Indian journal of veterinary science and animal husbandry - Volumes 26-27, 1956-1957
Year: 1956
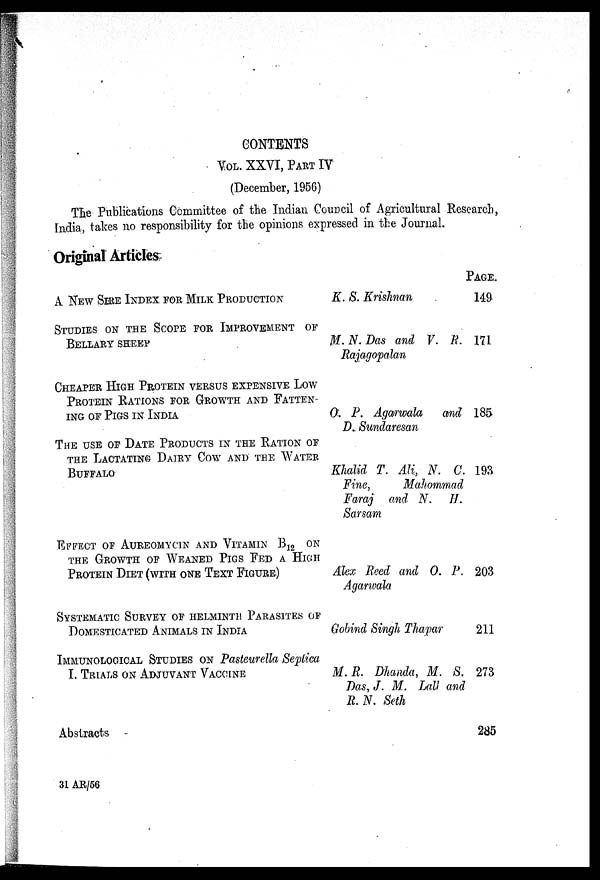
CONTENTS
VOL. XXVI, PART IV
(December, 1956)
The Publications Committee of the Indian Council of Agricultural Research,
India, takes no responsibility for the opinions expressed in the Journal.
Original Articles
A NEW SIRE INDEX FOR MILK PRODUCTION
STUDIES ON THE SCOPE FOR IMPROVEMENT OF
BELLARY SHEEP
CHEAPER HIGH PROTEIN VERSUS EXPENSIVE LOW
PROTEIN RATIONS FOR GROWTH AND FATTEN-
ING OF PIGS IN INDIA
THE USE OF DATE PRODUCTS IN THE RATION OF
THE LACTATING DAIRY COW AND THE WATER
BUFFALO
EFFECT OF AUREOMYCIN AND VITAMIN B 12 ON
THE GROWTH OF WEANED PIGS FED A HIGH
PROTEIN DIET (WITH ONE TEXT FIGURE)
SYSTEMATIC SURVEY OF HELMINTH PARASITES OF
DOMESTICATED ANIMALS IN INDIA
IMMUNOLOGICAL STUDIES ON PASTEURELLA SEPTICA
I. TRIALS ON ADJUVANT VACCINE
ABSTRACTS
K. S. Krishnan
M. N. Das and V. R.
Rajagopalan
O. P. Agarwala and
D. Sundaresan
Khalid T. Ali, N. C.
Fine, Mahommad
Faraj and N. H.
Sarsam
Alex Reed and 0. P.
Agarwala
Gobind Singh Thapar
M. R. Dhanda, M. S.
Das, J. M. Lall and
R. N. Seth
Page.
149
171
185
193
203
211
273
285
31 AR/56